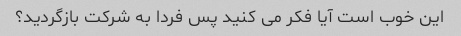
این خوب است آیا فکر می کنید پس فردا به شرکت بازگردید؟